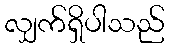
လျှက်ရှိပါသည်